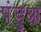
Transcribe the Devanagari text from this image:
पंडुआ